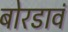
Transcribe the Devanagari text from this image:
बोरडावं